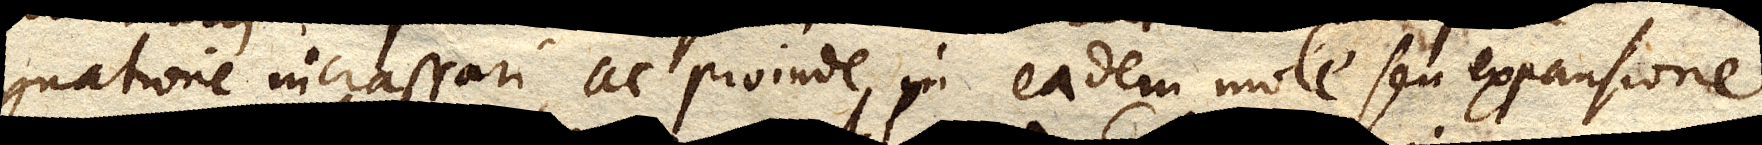
gnatione incrassari, ac proinde in eadem mole seu expansione